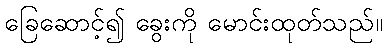
ခြေဆောင့်၍ ခွေးကို မောင်းထုတ်သည်။